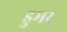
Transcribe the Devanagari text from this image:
डुमर